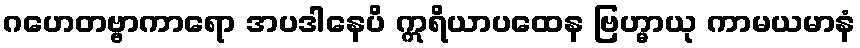
ဂဟေတဗ္ဗာကာရော အပဒါနေပိ ဣရိယာပထေန ဗြဟ္မာယု ကာမယမာနံ